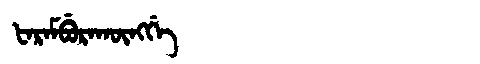
Manchu: ᡶᠠᡵᠠᠮᠪᡠᡵᠠᡴᡡᠩᡤᡝ
Romanization: FARAMBURAKŪNGGE